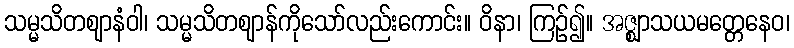
သမ္မသိတဈာနံဝါ၊ သမ္မသိတဈာန်ကိုသော်လည်းကောင်း။ ဝိနာ၊ ကြဉ်၍။ အဇ္ဈာသယမတ္တေနေဝ၊